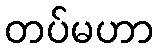
တပ်မဟာ